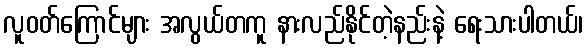
လူဝတ်ကြောင်များ အလွယ်တကူ နားလည်နိုင်တဲ့နည်းနဲ့ ရေးသားပါတယ်၊